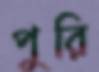
পুরি